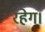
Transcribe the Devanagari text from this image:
रहेग।